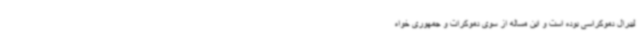
لیبرال دموکراسی بوده است و این مساله از سوی دموکرات و جمهوری خواه